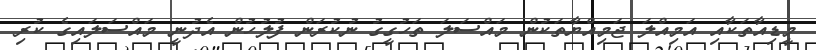
މީޑިއާތަކާއި އަމިއްލަ ޖަމިއްޔާތަކުން މައްސަލަ ތަހުގީގު ނުކުރަން ފުލުހުން އެދުނީ މައްސަލައިގެ ކުރި